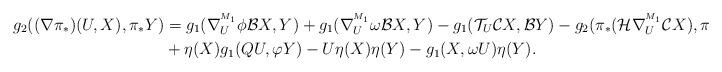
LaTeX: \begin{align*}g_{2}((\nabla\pi_*)(U,X),\pi_*Y)&=g_{1}(\nabla^{^{M_1}}_{U}\phi \mathcal{B}X,Y)+g_{1}(\nabla^{^{M_1}}_{U}\omega\mathcal{B}X,Y)-g_{1}(\mathcal{T}_{U}\mathcal{C}X,\mathcal{B}Y)-g_{2}(\pi_*(\mathcal{H}\nabla^{^{M_1}}_{U}\mathcal{C}X),\pi_*\mathcal{C}Y)\\&+\eta(X)g_{1}(QU,\varphi Y)-U\eta(X)\eta(Y)-g_{1}(X,\omega U)\eta(Y).\end{align*}